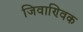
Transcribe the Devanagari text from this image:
जिवाण्विक